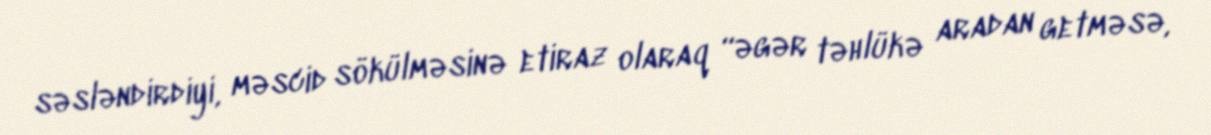
səsləndirdiyi, məscid sökülməsinə etiraz olaraq “əgər təhlükə aradan getməsə,